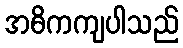
အဓိကကျပါသည်